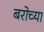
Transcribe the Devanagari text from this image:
बरोच्या